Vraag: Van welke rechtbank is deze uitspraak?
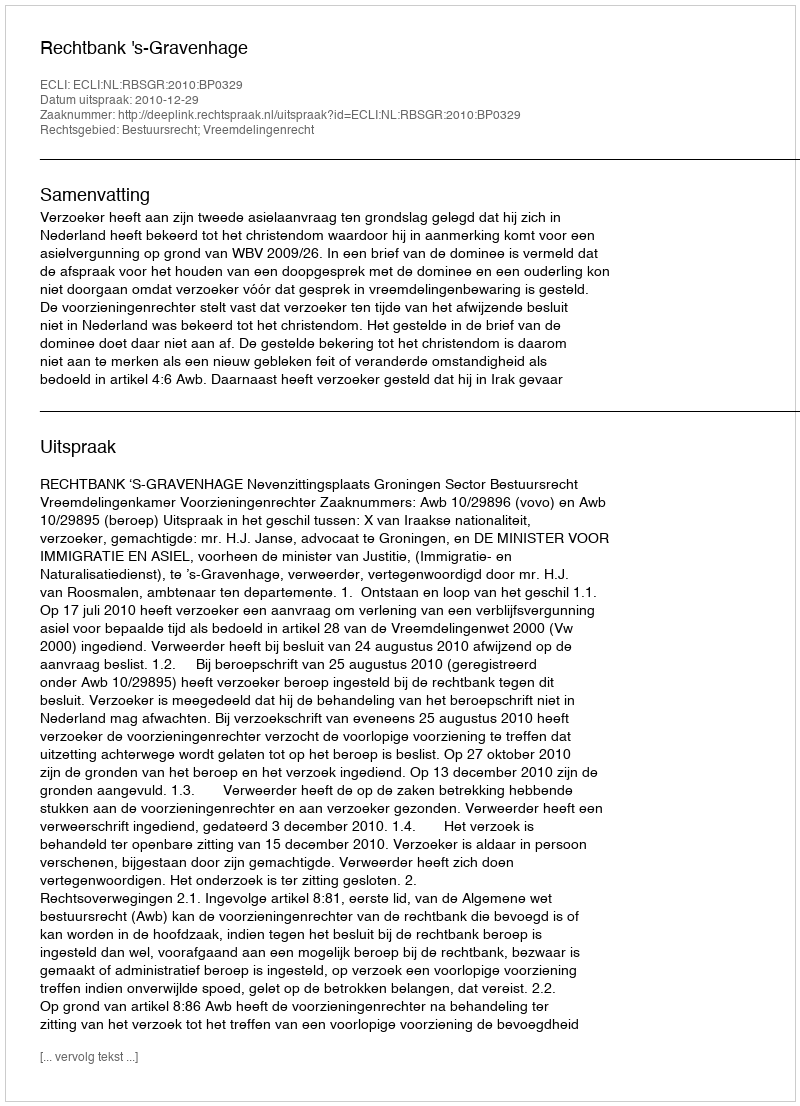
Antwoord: Rechtbank 's-Gravenhage